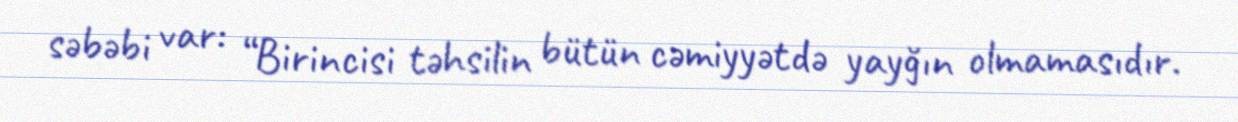
səbəbi var: “Birincisi təhsilin bütün cəmiyyətdə yayğın olmamasıdır.